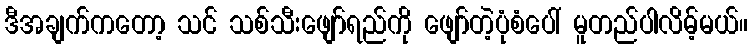
ဒီအချက်ကတော့ သင် သစ်သီးဖျော်ရည်ကို ဖျော်တဲ့ပုံစံပေါ် မူတည်ပါလိမ့်မယ်။